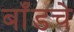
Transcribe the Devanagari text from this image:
बाँडचे